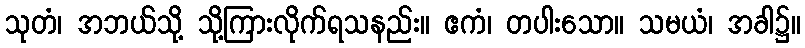
သုတံ၊ အဘယ်သို့ သို့ကြားလိုက်ရသနည်း။ ဧကံ၊ တပါးသော။ သမယံ၊ အခါ၌။